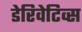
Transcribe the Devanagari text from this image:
डेरिवेटिव्स